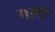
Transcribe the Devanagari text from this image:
गाटा